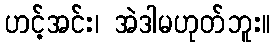
ဟင့်အင်း၊ အဲဒါမဟုတ်ဘူး။